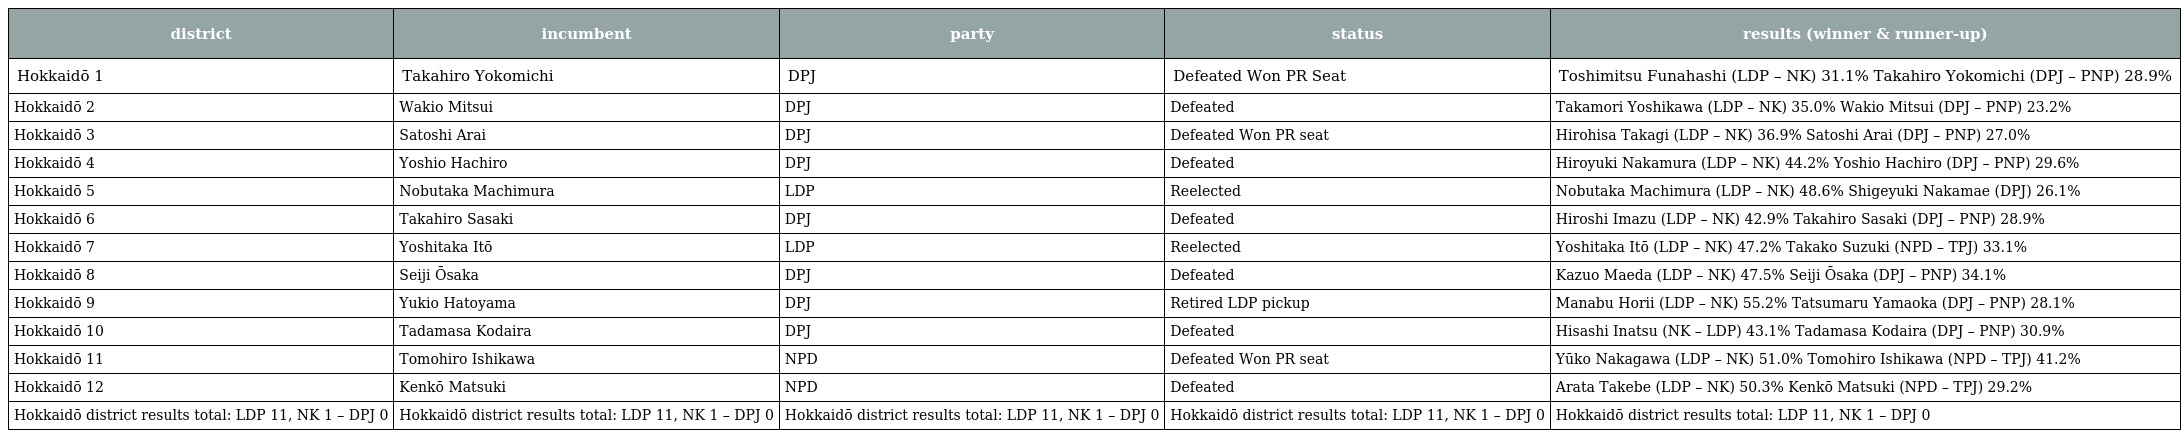
| district | incumbent | party | status | results (winner & runner-up) |
 | --- | --- | --- | --- | --- |
 | Hokkaidō 1 | Takahiro Yokomichi | DPJ | Defeated Won PR Seat | Toshimitsu Funahashi (LDP – NK) 31.1% Takahiro Yokomichi (DPJ – PNP) 28.9% |
 | Hokkaidō 2 | Wakio Mitsui | DPJ | Defeated | Takamori Yoshikawa (LDP – NK) 35.0% Wakio Mitsui (DPJ – PNP) 23.2% |
 | Hokkaidō 3 | Satoshi Arai | DPJ | Defeated Won PR seat | Hirohisa Takagi (LDP – NK) 36.9% Satoshi Arai (DPJ – PNP) 27.0% |
 | Hokkaidō 4 | Yoshio Hachiro | DPJ | Defeated | Hiroyuki Nakamura (LDP – NK) 44.2% Yoshio Hachiro (DPJ – PNP) 29.6% |
 | Hokkaidō 5 | Nobutaka Machimura | LDP | Reelected | Nobutaka Machimura (LDP – NK) 48.6% Shigeyuki Nakamae (DPJ) 26.1% |
 | Hokkaidō 6 | Takahiro Sasaki | DPJ | Defeated | Hiroshi Imazu (LDP – NK) 42.9% Takahiro Sasaki (DPJ – PNP) 28.9% |
 | Hokkaidō 7 | Yoshitaka Itō | LDP | Reelected | Yoshitaka Itō (LDP – NK) 47.2% Takako Suzuki (NPD – TPJ) 33.1% |
 | Hokkaidō 8 | Seiji Ōsaka | DPJ | Defeated | Kazuo Maeda (LDP – NK) 47.5% Seiji Ōsaka (DPJ – PNP) 34.1% |
 | Hokkaidō 9 | Yukio Hatoyama | DPJ | Retired LDP pickup | Manabu Horii (LDP – NK) 55.2% Tatsumaru Yamaoka (DPJ – PNP) 28.1% |
 | Hokkaidō 10 | Tadamasa Kodaira | DPJ | Defeated | Hisashi Inatsu (NK – LDP) 43.1% Tadamasa Kodaira (DPJ – PNP) 30.9% |
 | Hokkaidō 11 | Tomohiro Ishikawa | NPD | Defeated Won PR seat | Yūko Nakagawa (LDP – NK) 51.0% Tomohiro Ishikawa (NPD – TPJ) 41.2% |
 | Hokkaidō 12 | Kenkō Matsuki | NPD | Defeated | Arata Takebe (LDP – NK) 50.3% Kenkō Matsuki (NPD – TPJ) 29.2% |
 | Hokkaidō district results total: LDP 11, NK 1 – DPJ 0 | Hokkaidō district results total: LDP 11, NK 1 – DPJ 0 | Hokkaidō district results total: LDP 11, NK 1 – DPJ 0 | Hokkaidō district results total: LDP 11, NK 1 – DPJ 0 | Hokkaidō district results total: LDP 11, NK 1 – DPJ 0 |